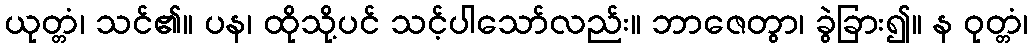
ယုတ္တံ၊ သင်၏။ ပန၊ ထိုသို့ပင် သင့်ပါသော်လည်း။ ဘာဇေတွာ၊ ခွဲခြား၍။ န ဝုတ္တံ၊